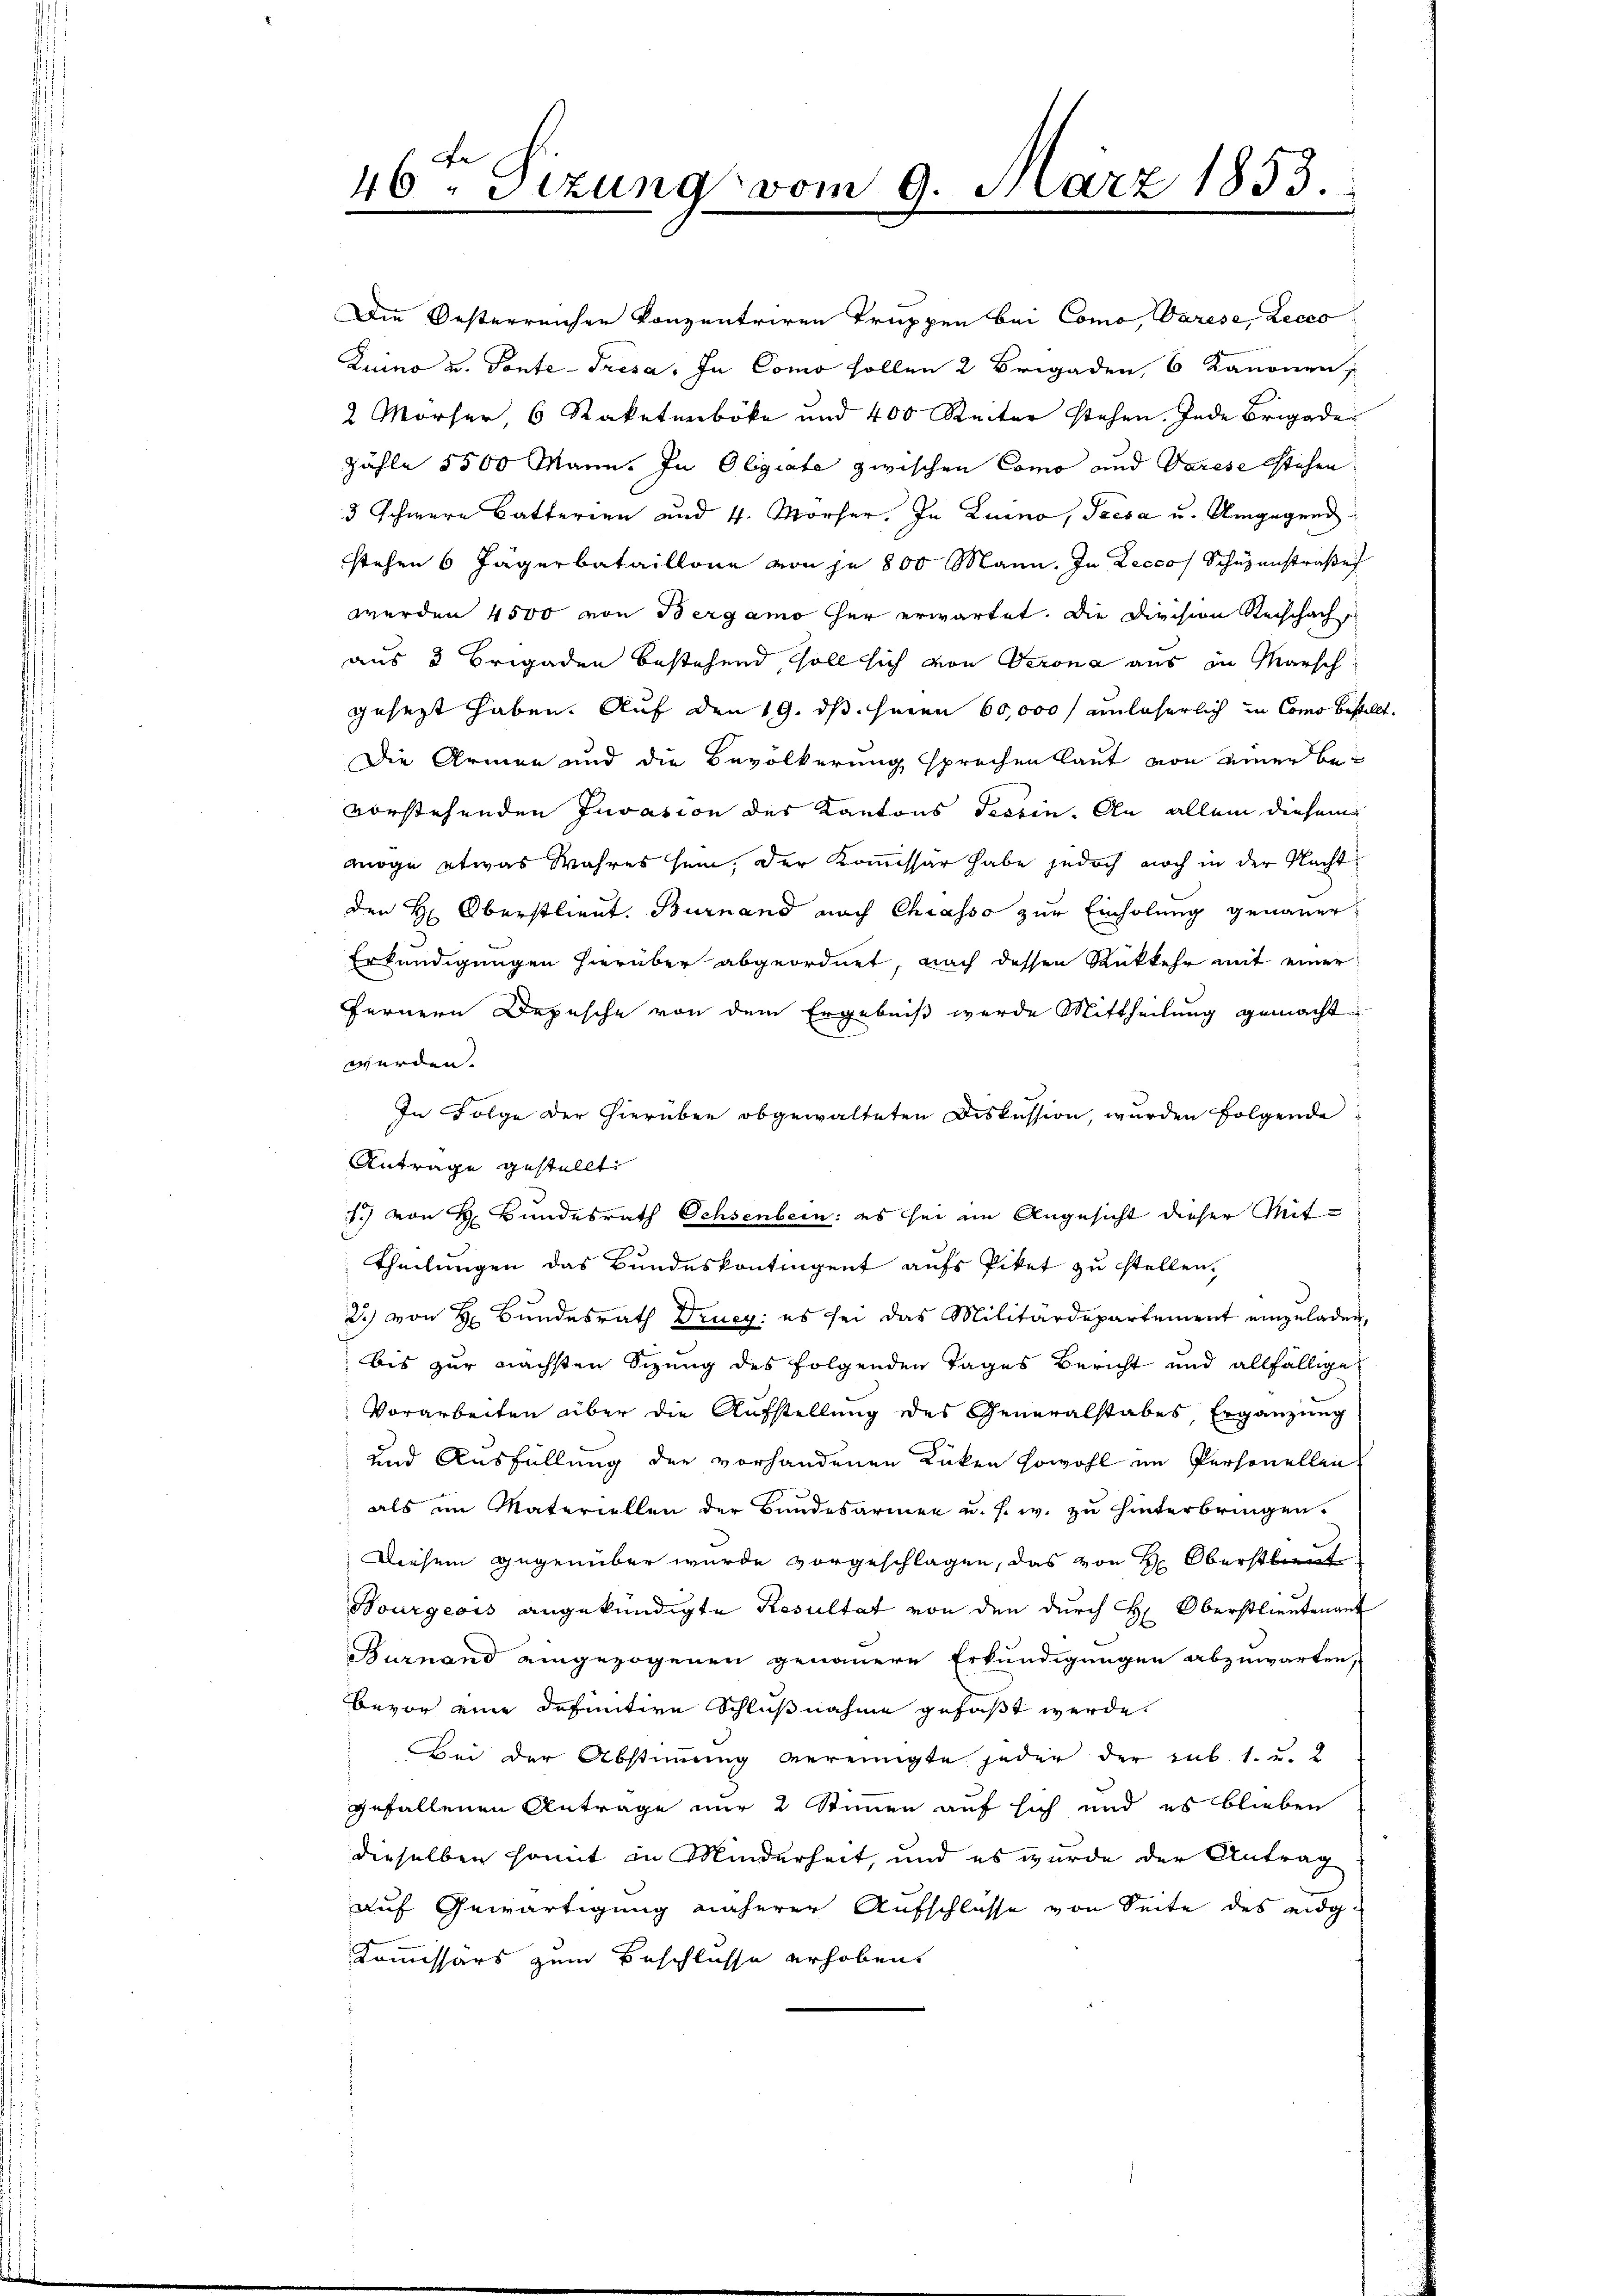
46ten Sizung vom 9. März 1853.
.

Die Oesterreicher konzentriren Truppen bei Como, Varese, Lecco
Kuino u. Ponte-Trésa. In Como sollen 2 Brigaden, 6 Kanonen,
2 Mörser, 6 Saketenböke und 400 Rector stehen. Inde Brigade
zähle 5500 Mann. In Olgiate zwischen Como und Varese stehen
3 Schwere Batterien und 4. Morher. In Luino, Tresa u. Umgegend
stehen 6 Jägerbataillone von je 800 Mann. In Lecco Schüzenstraße
werden 4500 von Bergamo her erwartet. Die Dirchon Rechchach,
aus 3 Brigaden bestehend soll sich von Krona aus in Marsch
gesezt haben. Auf den 19. ds. sinen 60,000 f unlöserlich in Como bestellt.
Die Armen und die Bevölkerung sprechen laut von einer bevorstehenden Invasion der Kantons Tessin. An allem diesem
möge etwas Wahres sein, der Kommissar habe jedoch noch in der Nachtden H: Oberstlieut. Burnand nach Chiasso zur Einholung genauer
Erkundigungen hierüber abgeordnet, nach dessen Rükkehr mit einer
fernern Depesche von dem Ergebniß werde Mittheilung gemacht
werden.
In Folge der hierüber obgewalteten Diskussion, wurden folgende
Antrage gestellt
1) von H. Bundesrath Ochsenbein: es sei im Angesicht dieser Mit¬
Theilungen das Bundeskontingent aufs Piket zu stellen,
2) von H. Bundesrath Druch: es sei das Militärdepartement einzŭladen,
bis zur nächsten Sizung des folgenden Tages Bericht und allfällige
Vorarbeiten über die Aufstellung des Generalstabes, Ergänzung
und Ausfüllung der vorhandenen Rücken sowohl im Personellen
als im Materiellen der Bundesarmen u. s. w. zu hinterbringen.
Diesem gegenüber wurde vorgeschlagen, das von Hr. Oberstlieut
Bourgeois angekündigte Resultat von den durch H: Oberstlieutenant
Burnand eingezogenen genauere Erkundigungen abzuwarten,
bevor eine definitive Schlußnahme gefaßt werde.
Bei der Abstimmung vereinigte jeder der sub. 1. u. 2
gefallenen Antrage nur 2 Stimmen auf sich und es blieben
dieselben somit in Minderheit, und es wurde der Antrag
auf Gewärtigung näherer Aufschlüsse von Seite des eidg.
Kommissärs zum Beschlusse erhoben